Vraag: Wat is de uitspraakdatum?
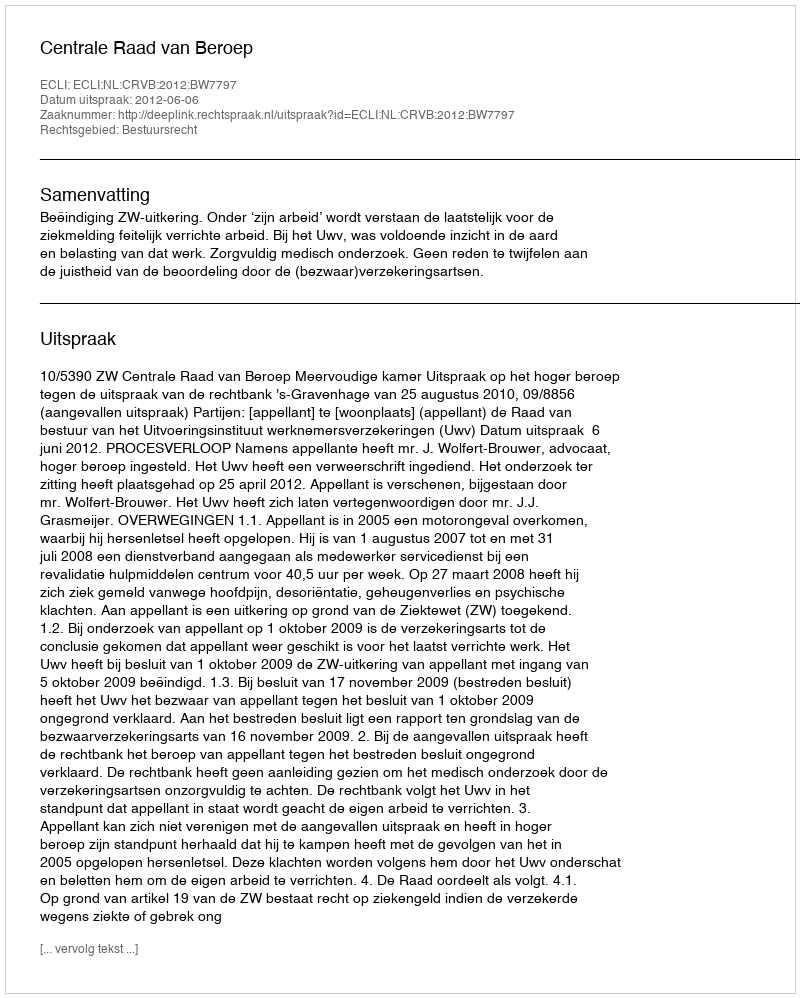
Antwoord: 2012-06-06